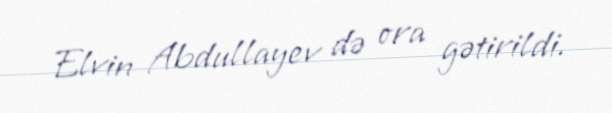
Elvin Abdullayev də ora gətirildi.